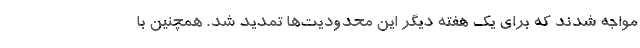
مواجه شدند که برای یک هفته دیگر این محدودیت‌ها تمدید شد. همچنین با